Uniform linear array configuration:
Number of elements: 64
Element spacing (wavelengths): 0.25
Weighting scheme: exponential
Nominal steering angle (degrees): -45
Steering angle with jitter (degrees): -44.377
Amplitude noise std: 0.05
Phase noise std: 0.05

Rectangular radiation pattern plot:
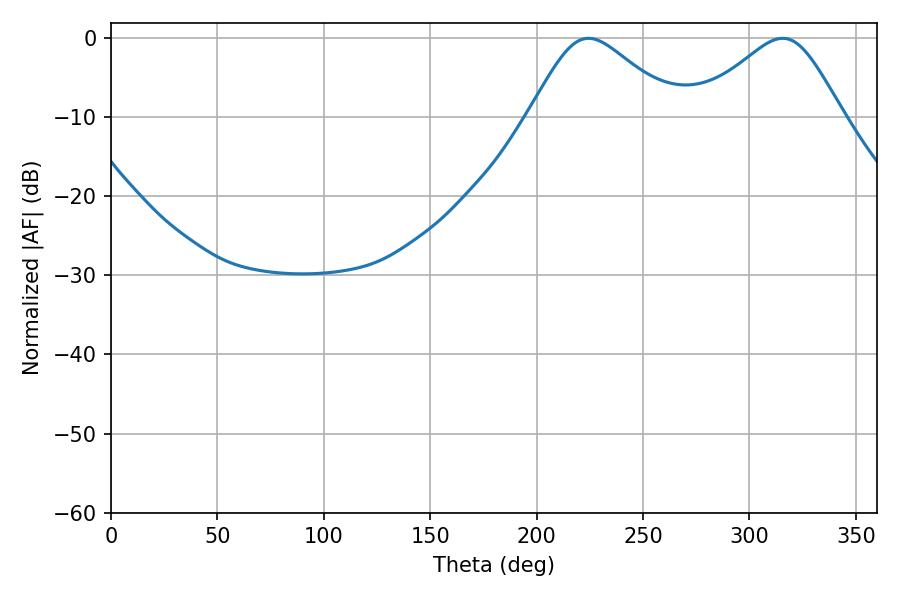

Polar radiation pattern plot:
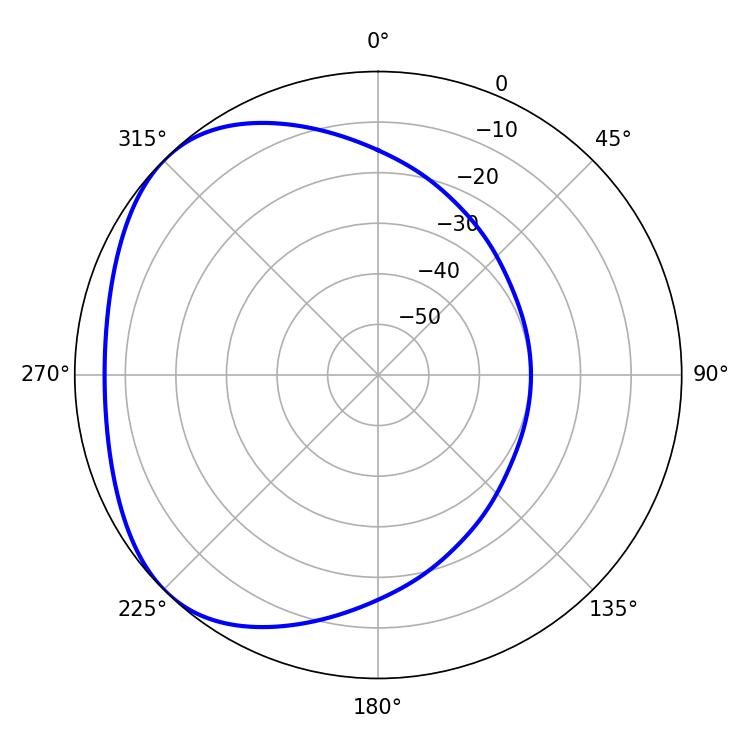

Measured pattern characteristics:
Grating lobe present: FALSE
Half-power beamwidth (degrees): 34.02
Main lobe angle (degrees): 224.46